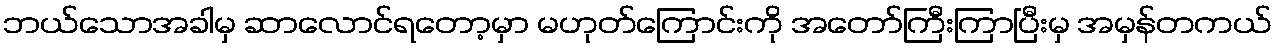
ဘယ်သောအခါမှ ဆာလောင်ရတော့မှာ မဟုတ်ကြောင်းကို အတော်ကြီးကြာပြီးမှ အမှန်တကယ်